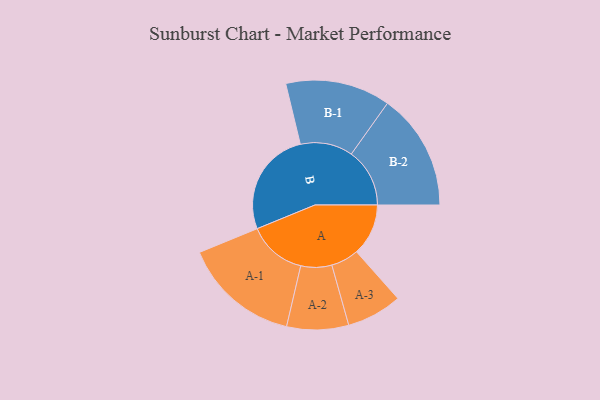
{"axis": {"x": "Segment", "y": "Value"}, "legend": ["", "A", "B"], "data": [{"x": "A", "y": 228, "type": ""}, {"x": "B", "y": 465, "type": ""}, {"x": "A-1", "y": 257, "type": "A"}, {"x": "A-2", "y": 136, "type": "A"}, {"x": "A-3", "y": 122, "type": "A"}, {"x": "B-1", "y": 231, "type": "B"}, {"x": "B-2", "y": 257, "type": "B"}]}